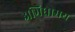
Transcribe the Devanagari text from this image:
अभिधामय